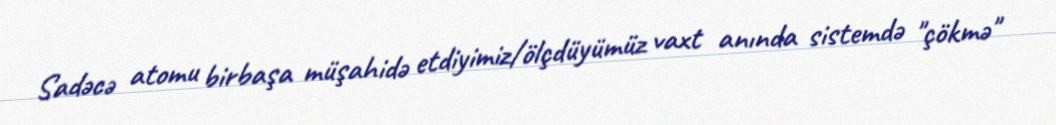
Sadəcə atomu birbaşa müşahidə etdiyimiz/ölçdüyümüz vaxt anında sistemdə "çökmə"